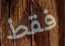
فقط